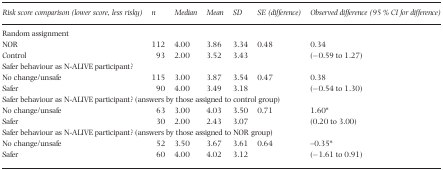
<table><thead><tr><td><b>Risk score comparison (lower score, less risky)</b></td><td><b><i>n</i></b></td><td><b>Median</b></td><td><b>Mean</b></td><td><b>SD</b></td><td><b>SE (difference)</b></td><td><b>Observed difference (95 % CI for difference)</b></td></tr></thead><tbody><tr><td colspan="7">Random assignment</td></tr><tr><td>NOR</td><td>112</td><td>4.00</td><td>3.86</td><td>3.34</td><td rowspan="2">0.48</td><td>0.34</td></tr><tr><td>Control</td><td>93</td><td>2.00</td><td>3.52</td><td>3.43</td><td>(−0.59 to 1.27)</td></tr><tr><td colspan="7">Safer behaviour as N‐ALIVE participant?</td></tr><tr><td>No change/unsafe</td><td>115</td><td>3.00</td><td>3.87</td><td>3.54</td><td rowspan="2">0.47</td><td>0.38</td></tr><tr><td>Safer</td><td>90</td><td>4.00</td><td>3.49</td><td>3.18</td><td>(−0.54 to 1.30)</td></tr><tr><td colspan="7">Safer behaviour as N‐ALIVE participant? (answers by those assigned to control group)</td></tr><tr><td>No change/unsafe</td><td>63</td><td>3.00</td><td>4.03</td><td>3.50</td><td rowspan="2">0.71</td><td>1.60*</td></tr><tr><td>Safer</td><td>30</td><td>2.00</td><td>2.43</td><td>3.07</td><td>(0.20 to 3.00)</td></tr><tr><td colspan="7">Safer behaviour as N‐ALIVE participant? (answers by those assigned to NOR group)</td></tr><tr><td>No change/unsafe</td><td>52</td><td>3.50</td><td>3.67</td><td>3.61</td><td rowspan="2">0.64</td><td>–0.35*</td></tr><tr><td>Safer</td><td>60</td><td>4.00</td><td>4.02</td><td>3.12</td><td>(−1.61 to 0.91)</td></tr></tbody></table>